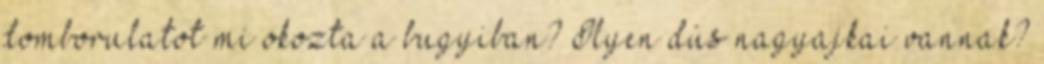
domborulatot mi okozta a bugyiban? Ilyen dús nagyajkai vannak?